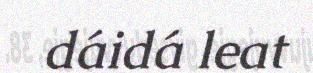
dáidá leat